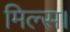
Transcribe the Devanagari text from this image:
मिल्स।